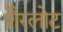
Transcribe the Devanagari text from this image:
शैरलोट